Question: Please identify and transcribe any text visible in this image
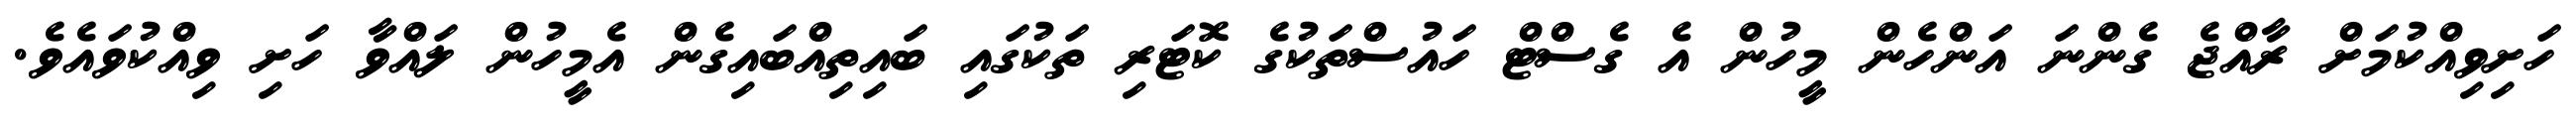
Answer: ހަށިވިއްކުމަށް ރާއްޖެ ގެންނަ އަންހެން މީހުން އެ ގެސްޓް ހައުސްތަކުގެ ކޮޓަރި ތަކުގައި ބައިތިއްބައިގެން އެމީހުން ލައްވާ ހަށި ވިއްކުވައެވެ.